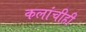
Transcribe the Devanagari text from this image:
कलांचीही